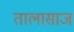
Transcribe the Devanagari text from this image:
तालासाज